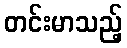
တင်းမာသည့်